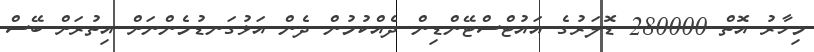
މިހާރު އޮތް 280000 ޑޮލަރުގެ އައުޓްސްޓޭންޑިން ދެއްކުމުން ދެން އަޅުގަނޑުމެންނަށް އިތުރަށް ބޭސް